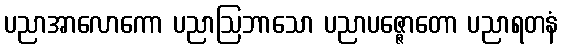
ပညာအာလောကော ပညာဩဘာသော ပညာပဇ္ဇောတော ပညာရတနံ